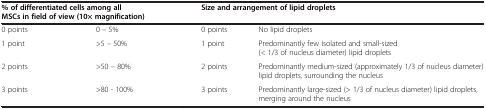
<table><thead><tr><td colspan="2"><b>% of differentiated cells among all MSCs in field of view (10× magnification)</b></td><td colspan="2"><b>Size and arrangement of lipid droplets</b></td></tr></thead><tbody><tr><td>0 points</td><td>0 – 5%</td><td>0 points</td><td>No lipid droplets</td></tr><tr><td>1 point</td><td>&gt;5 – 50%</td><td>1 point</td><td>Predominantly few isolated and small-sized (&lt; 1/3 of nucleus diameter) lipid droplets</td></tr><tr><td>2 points</td><td>&gt;50 – 80%</td><td>2 points</td><td>Predominantly medium-sized (approximately 1/3 of nucleus diameter) lipid droplets, surrounding the nucleus</td></tr><tr><td>3 points</td><td>&gt;80 - 100%</td><td>3 points</td><td>Predominantly large-sized (&gt; 1/3 of nucleus diameter) lipid droplets, merging around the nucleus</td></tr></tbody></table>